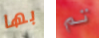
بها تم